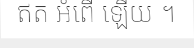
ឥត អំពើ ឡើយ ។